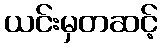
ယင်းမှတဆင့်